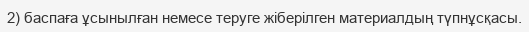
2) баспаға ұсынылған немесе теруге жіберілген материалдың түпнұсқасы.